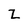
Character: Z